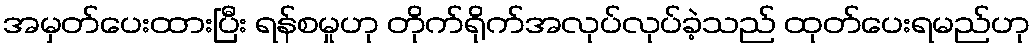
အမှတ်ပေးထားပြီး ရန်စမှုဟု တိုက်ရိုက်အလုပ်လုပ်ခဲ့သည် ထုတ်ပေးရမည်ဟု